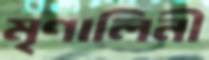
মৃণালিনী